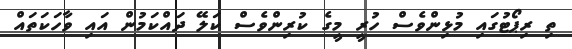
ތި ރިޕޯޓުގައި މުޅިންވެސް ހުރީ މީގެ ކުރިންވެސް ކަލޭ ދައްކަމުން އައި ވާހަކަތައް